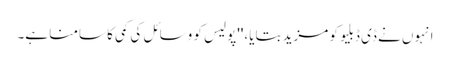
انہوں نے ڈی ڈبلیو کو مزید بتایا، ''پولیس کو وسائل کی کمی کا سامنا ہے۔